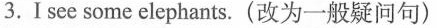
3.Isee some elephants.(改为一般疑问句)